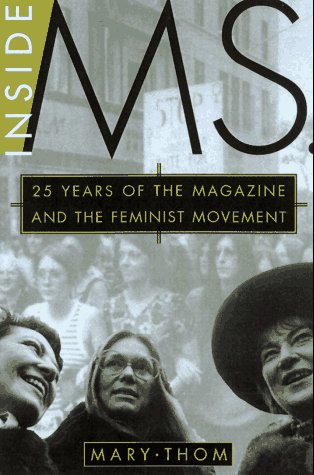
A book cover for Inside Ms.: 25 Years of the Magazine and the Feminist Movement; Mary Thom; Humor & Entertainment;